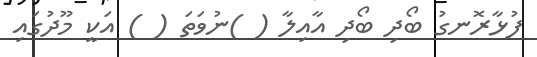
ފުޅާރޮނގު ބޯދި ބޯދި އާއިލާ ( )ނުވަތަ ( ) އަކީ މޫދުގައި